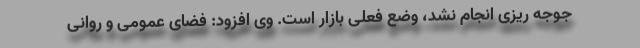
جوجه ریزی انجام نشد، وضع فعلی بازار است. وی افزود: فضای عمومی و روانی